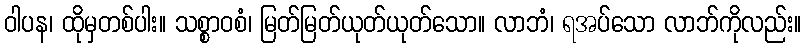
ဝါပန၊ ထိုမှတစ်ပါး။ သစ္စာဝစံ၊ မြတ်မြတ်ယုတ်ယုတ်သော။ လာဘံ၊ ရအပ်သော လာဘ်ကိုလည်း။